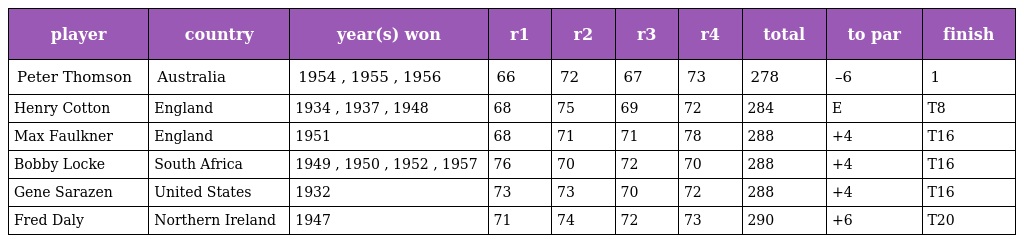
| player | country | year(s) won | r1 | r2 | r3 | r4 | total | to par | finish |
 | --- | --- | --- | --- | --- | --- | --- | --- | --- | --- |
 | Peter Thomson | Australia | 1954 , 1955 , 1956 | 66 | 72 | 67 | 73 | 278 | –6 | 1 |
 | Henry Cotton | England | 1934 , 1937 , 1948 | 68 | 75 | 69 | 72 | 284 | E | T8 |
 | Max Faulkner | England | 1951 | 68 | 71 | 71 | 78 | 288 | +4 | T16 |
 | Bobby Locke | South Africa | 1949 , 1950 , 1952 , 1957 | 76 | 70 | 72 | 70 | 288 | +4 | T16 |
 | Gene Sarazen | United States | 1932 | 73 | 73 | 70 | 72 | 288 | +4 | T16 |
 | Fred Daly | Northern Ireland | 1947 | 71 | 74 | 72 | 73 | 290 | +6 | T20 |